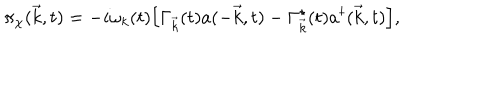
LaTeX: { \pi } _ { \chi } ( \vec { k } , t ) = - i { \omega } _ { k } ( t ) \Big [ { \Gamma } _ { \vec { k } } ( t ) a ( - \vec { k } , t ) - { \Gamma } _ { \vec { k } } ^ { \star } ( t ) a ^ { \dagger } ( \vec { k } , t ) \Big ] ,